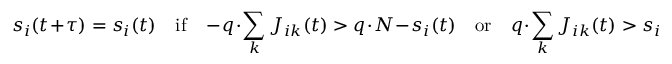
s _ { i } ( t + \tau ) = s _ { i } ( t ) \quad \mathrm { i f } \quad - q \cdot \sum _ { k } J _ { i k } ( t ) > q \cdot N - s _ { i } ( t ) \quad \mathrm { o r } \quad q \cdot \sum _ { k } J _ { i k } ( t ) > s _ { i }